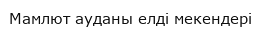
Мамлют ауданы елді мекендері